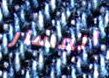
المسار